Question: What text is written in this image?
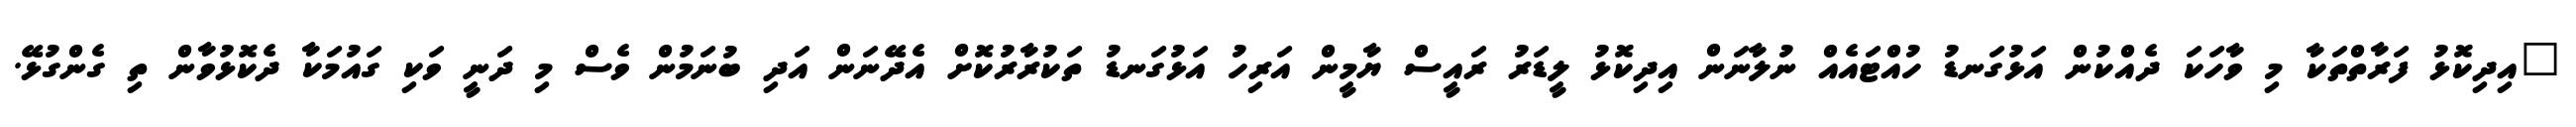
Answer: "އިދިކޮޅު ފަރާތްތަކާ މި ވާހަކަ ދެއްކުން އަޅުގަނޑު ހުއްޓައެއް ނުލާނަން އިދިކޮޅު ލީޑަރު ރައީސް ޔާމީން އަރިހު އަޅުގަނޑު ތަކުރާރުކޮށް އެދޭނަން އަދި ބުނަމުން ވެސް މި ދަނީ ވަކި ގައުމަކާ ދެކޮޅުވާން ތި ގެންގުޅޭ.